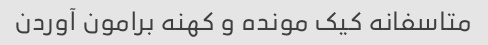
متاسفانه کیک مونده و کهنه برامون آوردن